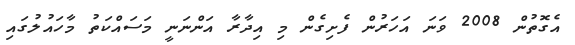
އެގޮތުން 2008 ވަނަ އަހަރުން ފެށިގެން މި އިދާރާ އަންނަނީ މަސައްކަތު މާހައުލުގައި